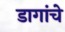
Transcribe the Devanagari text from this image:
डागांचे